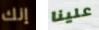
إنك علينا